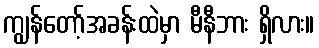
ကျွန်တော့်အခန်းထဲမှာ မီနီဘား ရှိလား။